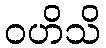
ဝဟိသိ